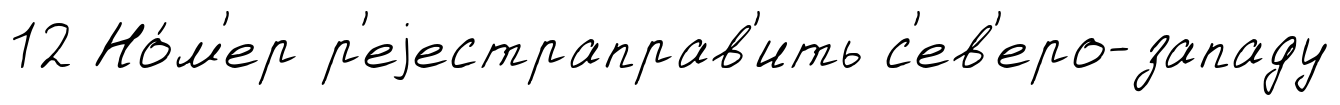
12 Но́м'ер р'еjестраправ'ить с'ев'еро-западу